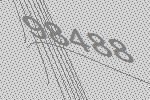
98488